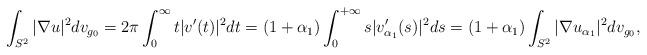
LaTeX: \begin{align*}\int_{S^2}|\nabla u|^2 dv_{g_0}= 2\pi \int_{0}^\infty t |v'(t)|^2 dt = (1+{\alpha_1})\int_{0}^{+\infty} s |v'_{\alpha_1}(s)|^2 ds = (1+{\alpha_1})\int_{S^2} |\nabla u_{\alpha_1}|^2 dv_{g_0},\end{align*}